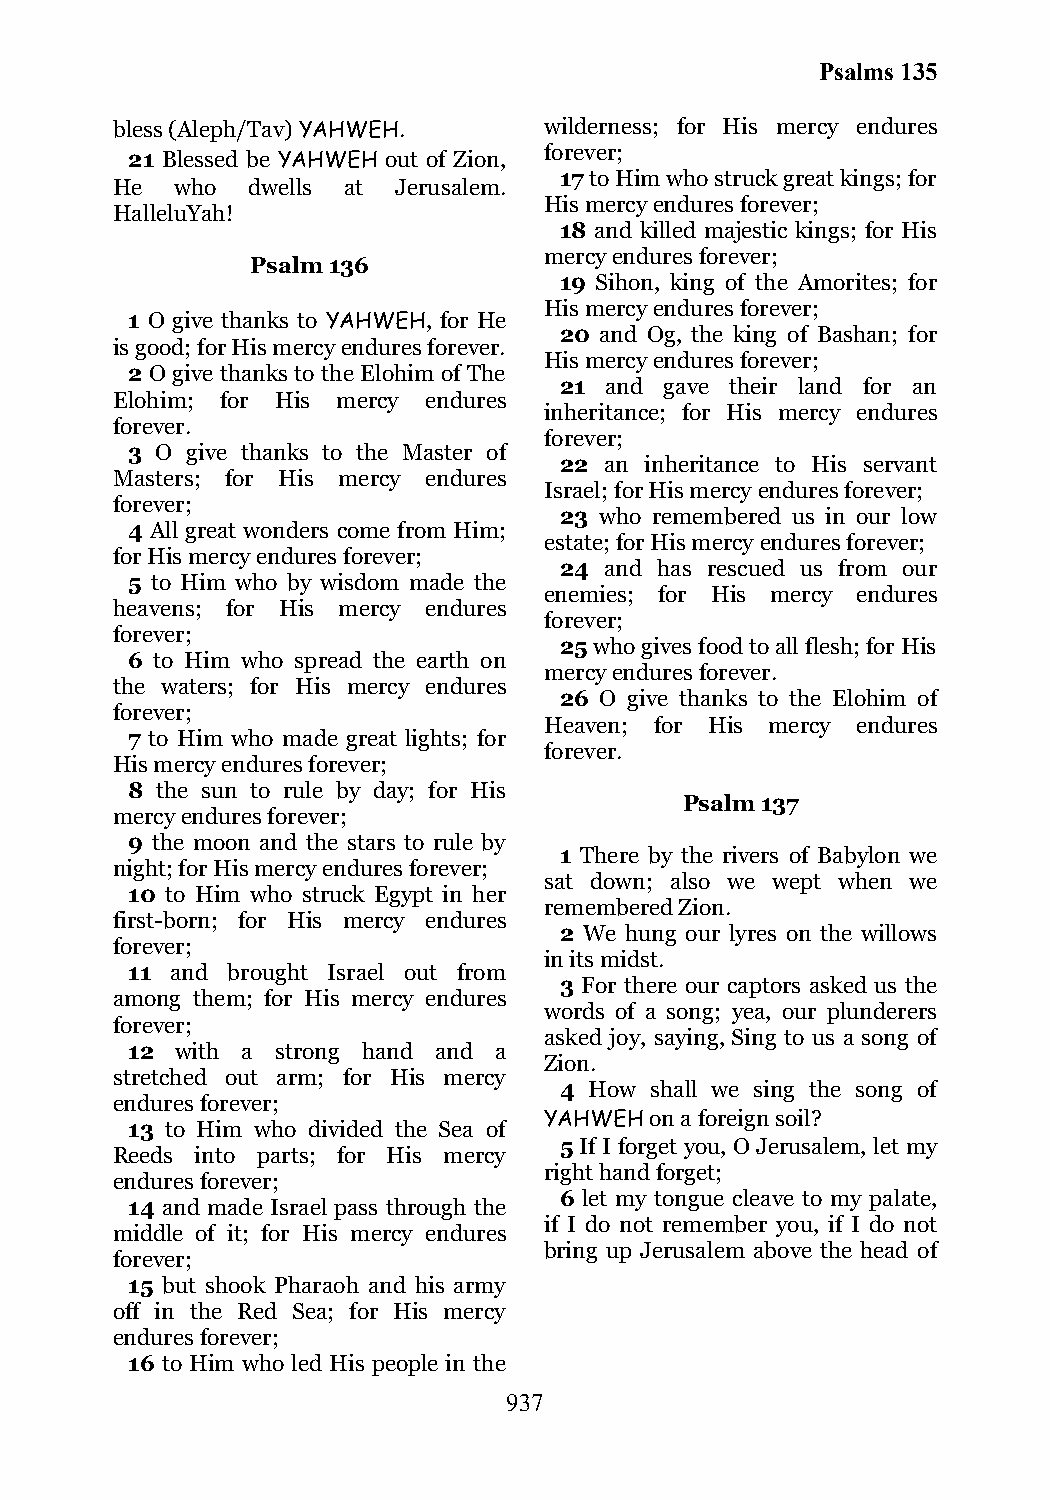
Psalms 135
 bless (Aleph/Tav) YAHWEH.    wilderness; for His mercy endures
 forever;
 21 Blessed be YAHWEH out of Zion,
 17 to Him who struck great kings; for
 He   who dwells at Jerusalem.
 His mercy endures forever;
 HalleluYah!
 18 and killed majestic kings; for His
 mercy endures forever;
 Psalm 136
 19 Sihon, king of the Amorites; for
 His mercy endures forever;
 1 O give thanks to YAHWEH, for He
 20 and Og, the king of Bashan; for
 is good; for His mercy endures forever.
 His mercy endures forever;
 2 O give thanks to the Elohim of The
 21 and gave their land for an
 Elohim; for His mercy endures
 inheritance; for His mercy endures
 forever.
 forever;
 3 O give thanks to the Master of
 22 an inheritance to His servant
 Masters; for His mercy endures
 Israel; for His mercy endures forever;
 forever;
 23 who remembered us in our low
 4 All great wonders come from Him;
 estate; for His mercy endures forever;
 for His mercy endures forever;
 24 and has rescued us from our
 5 to Him who by wisdom made the
 enemies; for His mercy endures
 heavens; for His mercy endures
 forever;
 forever;
 25 who gives food to all flesh; for His
 6 to Him who spread the earth on
 mercy endures forever.
 the waters; for His mercy endures
 26 O give thanks to the Elohim of
 forever;
 Heaven; for His mercy endures
 7 to Him who made great lights; for
 forever.
 His mercy endures forever;
 8 the sun to rule by day; for His
 Psalm 137
 mercy endures forever;
 9 the moon and the stars to rule by
 1 There by the rivers of Babylon we
 night; for His mercy endures forever;
 sat down; also we wept when we
 10 to Him who struck Egypt in her
 remembered Zion.
 first-born; for His mercy endures
 2 We hung our lyres on the willows
 forever;
 in its midst.
 11 and brought Israel out from
 3 For there our captors asked us the
 among them; for His mercy endures
 words of a song; yea, our plunderers
 forever;
 asked joy, saying, Sing to us a song of
 12  with a strong hand and a
 Zion.
 stretched out arm; for His mercy
 4 How shall we sing the song of
 endures forever;
 YAHWEH on a foreign soil?
 13 to Him who divided the Sea of
 5 If I forget you, O Jerusalem, let my
 Reeds into parts; for His mercy
 right hand forget;
 endures forever;
 6 let my tongue cleave to my palate,
 14 and made Israel pass through the
 if I do not remember you, if I do not
 middle of it; for His mercy endures
 bring up Jerusalem above the head of
 forever;
 15 but shook Pharaoh and his army
 off in the Red Sea; for His mercy
 endures forever;
 16 to Him who led His people in the
 937